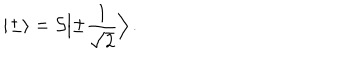
| \pm \rangle = { \cal S } \Bigl | \pm \frac { 1 } { \sqrt { 2 } } \Bigr > \, .